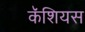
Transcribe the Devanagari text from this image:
कॅशियस